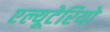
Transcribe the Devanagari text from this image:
एल्यूटेरियो